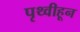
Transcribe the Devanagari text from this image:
पृथ्वीहून